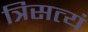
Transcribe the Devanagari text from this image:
त्रिसत्यं